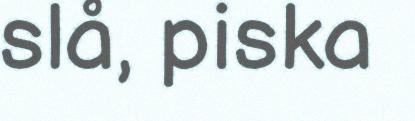
slå, piska